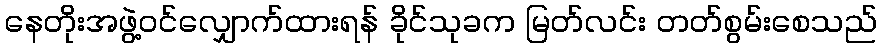
နေတိုးအဖွဲ့ဝင်လျှောက်ထားရန် ခိုင်သုခက မြတ်လင်း တတ်စွမ်းစေသည်